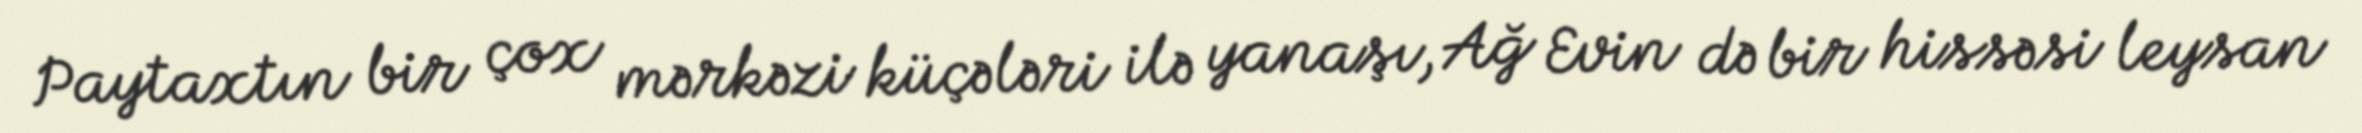
Paytaxtın bir çox mərkəzi küçələri ilə yanaşı, Ağ Evin də bir hissəsi leysan